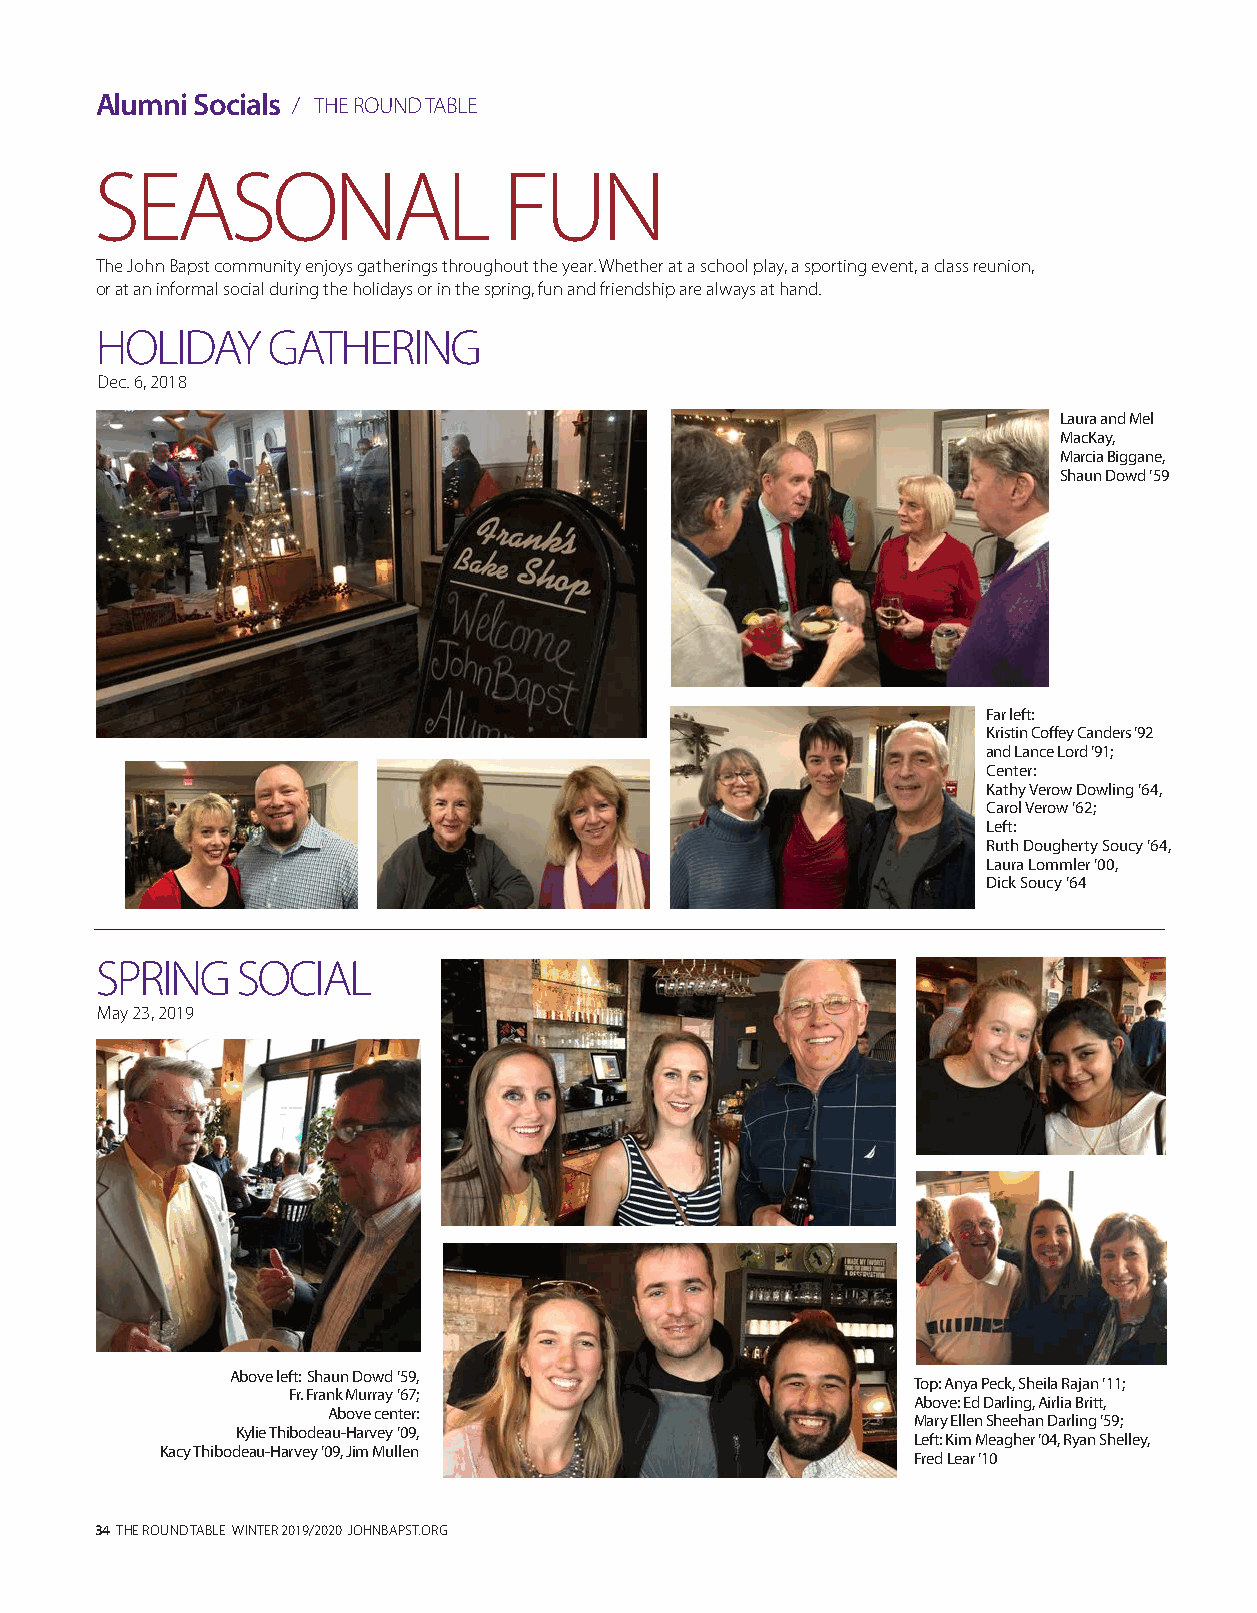
Alumni Socials / THE ROUND TABLE
 SEASONAL                   FUN
 The John Bapst community enjoys gatherings throughout the year. Whether at a school play, a sporting event, a class reunion,
 or at an informal social during the holidays or in the spring, fun and friendship are always at hand.
 HOLIDAY     GATHERING
 Dec. 6, 2018
 Laura and Mel
 MacKay,
 Marcia Biggane,
 Shaun Dowd ’59
 Far left:
 Kristin Coffey Canders ’92
 and Lance Lord ’91;
 Center:
 Kathy Verow Dowling ’64,
 Carol Verow ’62;
 Left:
 Ruth Dougherty Soucy ’64,
 Laura Lommler ’00,
 Dick Soucy ’64
 SPRING    SOCIAL
 May 23, 2019
 Above left: Shaun Dowd ’59,
 Top: Anya Peck, Sheila Rajan ’11;
 Fr. Frank Murray ’67;
 Above: Ed Darling, Airlia Britt,
 Above center:
 Mary Ellen Sheehan Darling ’59;
 Kylie Thibodeau-Harvey ’09,
 Left: Kim Meagher ’04, Ryan Shelley,
 Kacy Thibodeau-Harvey ’09, Jim Mullen
 Fred Lear ’10
 34 THE ROUND TABLE WINTER 2019/2020 JOHNBAPST.ORG